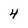
Character: 4